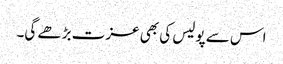
اس سے پولیس کی بھی عزت بڑھے گی۔